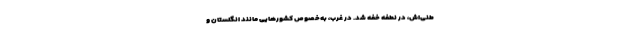
طنی‌اش، در نطفه خفه شد. در غرب، به‌خصوص کشورهایی مانند انگلستان و